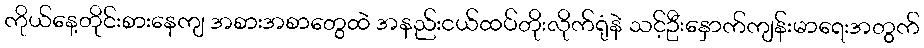
ကိုယ်နေ့တိုင်းစားနေကျ အစားအစာတွေထဲ အနည်းငယ်ထပ်တိုးလိုက်ရုံနဲ သင့်ဦးနှောက်ကျန်းမာရေးအတွက်